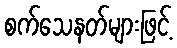
စက်သေနတ်များဖြင့်